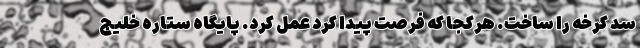
سد کرخه را ساخت. هرکجا که فرصت پیدا کرد عمل کرد. پایگاه ستاره خلیج